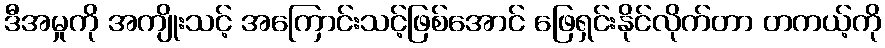
ဒီအမှုကို အကျိုးသင့် အကြောင်းသင့်ဖြစ်အောင် ဖြေရှင်းနိုင်လိုက်တာ တကယ့်ကို